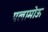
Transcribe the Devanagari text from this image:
पलामोऊ